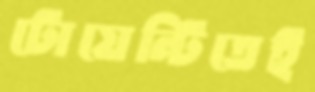
টোয়েন্টিতেই